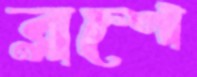
ব্লশে